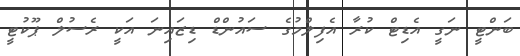
ބަންޓީ ނަގީ އެޑިޓް ކުރާ އެފިލްމުގެ ސައުންޑް ޑިޒައިނަ އަކީ ރެސުލް ޕޫކުޓީ